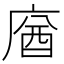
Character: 𢉷